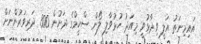
އައިމިނަތު އަލީ ވިދާޅުވީ މިއަދު ހުޅުވާލި ލޯން ސްކީމްގެ ދަށުން 300 ދަރިވަރުންނަށް